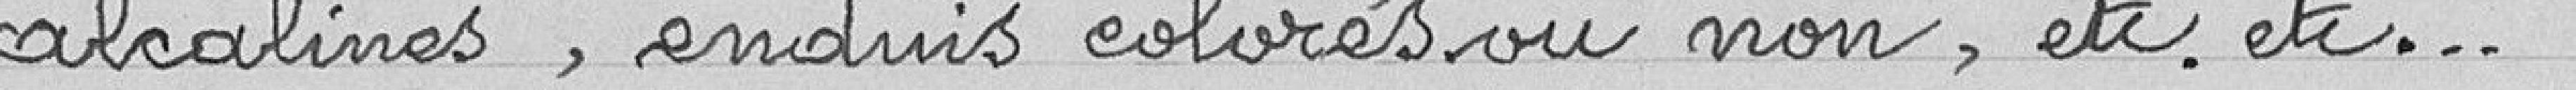
alcalines, enduis colorés ou non, etc. etc...